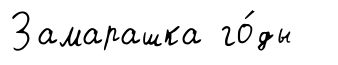
Замарашка го́ды